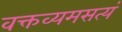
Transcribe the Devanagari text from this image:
वक्तव्यमसत्यं